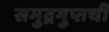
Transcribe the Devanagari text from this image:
समुद्रगुप्तची